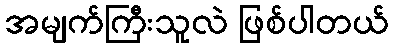
အမျက်ကြီးသူလဲ ဖြစ်ပါတယ်